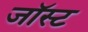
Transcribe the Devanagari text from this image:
जॉस्ट